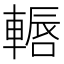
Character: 𨎂